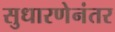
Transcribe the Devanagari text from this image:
सुधारणेनंतर